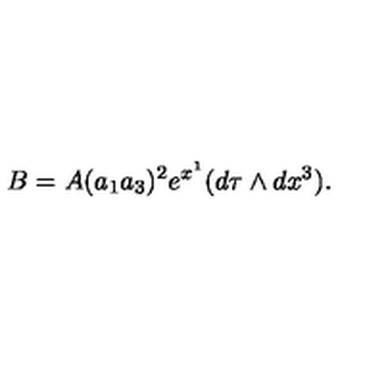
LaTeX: B = A ( a _ { 1 } a _ { 3 } ) ^ { 2 } e ^ { x ^ { 1 } } ( d \tau \wedge d x ^ { 3 } ) .